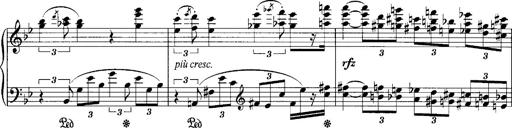
Title: klavierstÃ¼ck
Composer: Matias Ekert